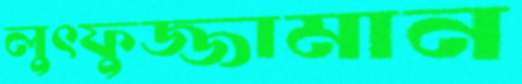
লুৎফুজ্জামান